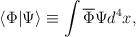
LaTeX: \begin{align*}\langle \Phi |\Psi \rangle \equiv \int \overline{\Phi }\Psi d^4x,\end{align*}